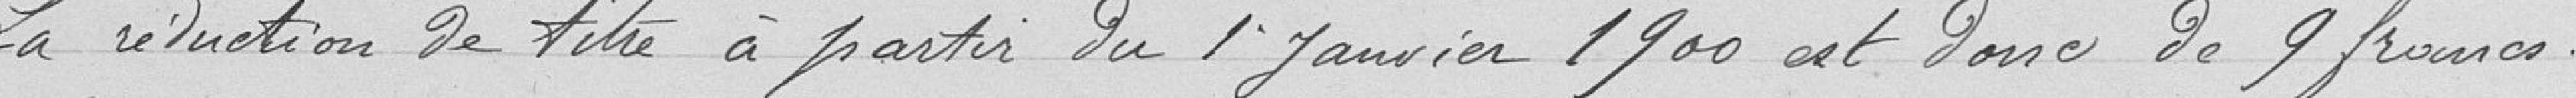
La réduction de titre à partir du 1er janvier 1900 est donc de 9 francs.